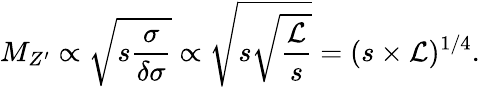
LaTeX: M_{Z^{\prime}}\propto\sqrt{s\frac{{\sigma}}{\delta{\sigma}}}\propto\sqrt{s\sqrt{\frac{{\cal{L}}}{s}}}=(s\times{\cal{L}})^{1/4}.